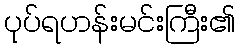
ပုပ်ရဟန်းမင်းကြီး၏